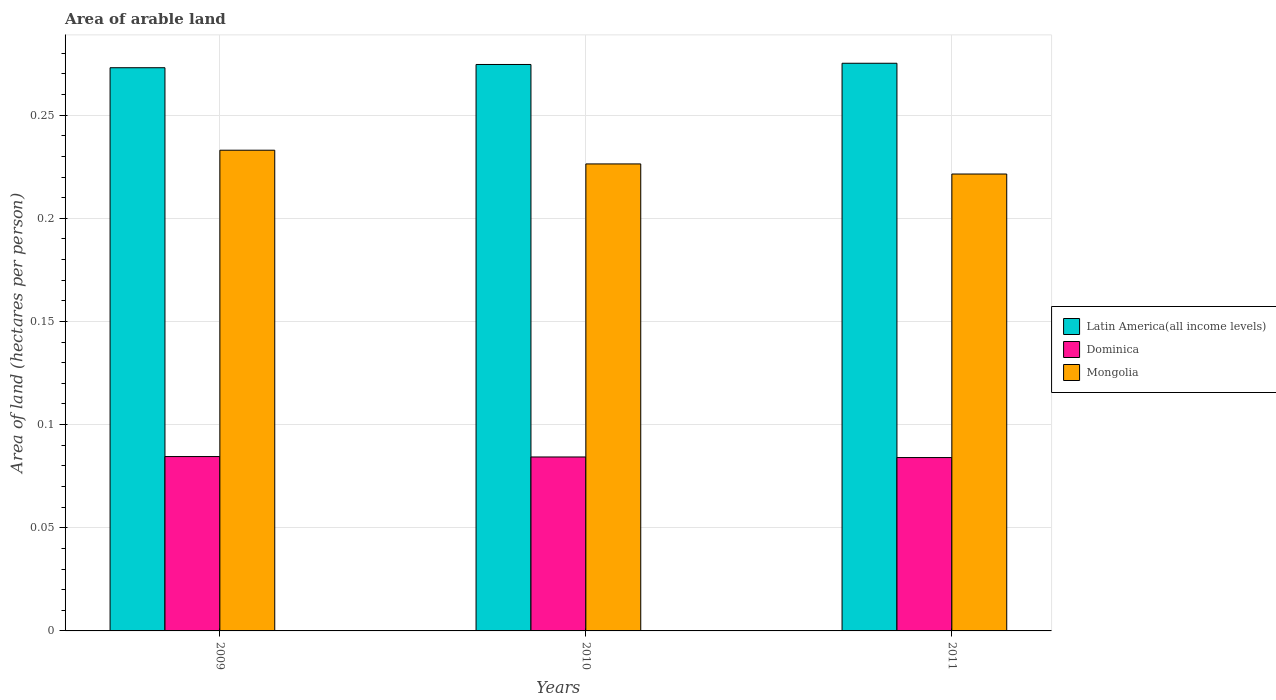
| Years | Latin America(all income levels) | Dominica | Mongolia |
 | --- | --- | --- | --- |
 | 2009 | 0.273 | 0.0845 | 0.233 |
 | 2010 | 0.275 | 0.0843 | 0.226 |
 | 2011 | 0.275 | 0.084 | 0.221 |